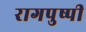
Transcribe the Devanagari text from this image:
रागपुष्पी